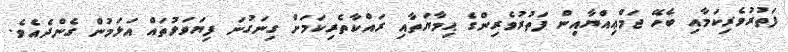
ފަތުރުވެރިކަމާއި ބެހޭ ޖަމްޢިއްޔާއިން ފަތުރުވެރިންގެ ޙިމާޔަތާއި ރައްކާތެރިކަމަށް ގިނަގުނަ ފިޔަވަޅުތައް އަޅަމުން ގެންދެއެވެ.